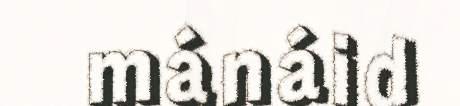
mánáid